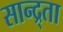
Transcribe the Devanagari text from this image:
सान्द्र्ता